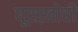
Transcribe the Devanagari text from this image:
घूसख़ोरी